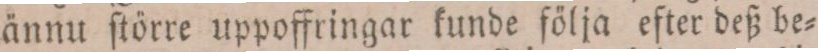
ännu ſtörre uppoffringar kunde följa efter deß be=